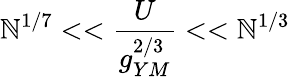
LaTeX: \mathbb{N}^{1/7}<<\frac{{U}}{{g_{YM}^{2/3}}}<<\mathbb{N}^{1/3}